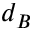
d _ { B }